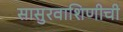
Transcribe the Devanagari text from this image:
सासुरवाशिणीची